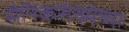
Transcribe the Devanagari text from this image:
सैनिकसंख्येच्या